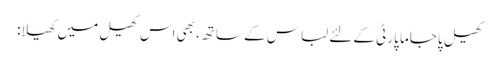
کھیل پاجاما پارٹی کے لئے لباس کے ساتھ، بھی اس کھیل میں کھیلا: